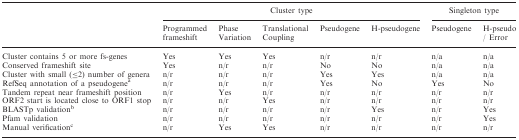
<table><thead><tr><td></td><td colspan="5"><b>Cluster type</b></td><td colspan="2"><b>Singleton type</b></td></tr><tr><td></td><td><b>Programmed frameshift</b></td><td><b>Phase Variation</b></td><td><b>Translational Coupling</b></td><td><b>Pseudogene</b></td><td><b>H-pseudogene</b></td><td><b>Pseudogene</b></td><td><b>H-pseudo / Error</b></td></tr></thead><tbody><tr><td>Cluster contains 5 or more fs-genes</td><td>Yes</td><td>Yes</td><td>Yes</td><td>n/r</td><td>n/r</td><td>n/a</td><td>n/a</td></tr><tr><td>Conserved frameshift site</td><td>Yes</td><td>n/r</td><td>n/r</td><td>No</td><td>No</td><td>n/a</td><td>n/a</td></tr><tr><td>Cluster with small (≤2) number of genera</td><td>n/r</td><td>n/r</td><td>n/r</td><td>Yes</td><td>Yes</td><td>n/a</td><td>n/a</td></tr><tr><td>RefSeq annotation of a pseudogene<sup>a</sup></td><td>n/r</td><td>n/r</td><td>n/r</td><td>Yes</td><td>No</td><td>Yes</td><td>No</td></tr><tr><td>Tandem repeat near frameshift position</td><td>n/r</td><td>Yes</td><td>n/r</td><td>n/r</td><td>n/r</td><td>n/r</td><td>n/r</td></tr><tr><td>ORF2 start is located close to ORF1 stop</td><td>n/r</td><td>n/r</td><td>Yes</td><td>n/r</td><td>n/r</td><td>n/r</td><td>n/r</td></tr><tr><td>BLASTp validation<sup>b</sup></td><td>n/r</td><td>n/r</td><td>n/r</td><td>n/r</td><td>Yes</td><td>n/r</td><td>Yes</td></tr><tr><td>Pfam validation</td><td>n/r</td><td>n/r</td><td>n/r</td><td>n/r</td><td>n/r</td><td>n/r</td><td>Yes</td></tr><tr><td>Manual verification<sup>c</sup></td><td>n/r</td><td>Yes</td><td>Yes</td><td>n/r</td><td>n/r</td><td>n/r</td><td>n/r</td></tr></tbody></table>